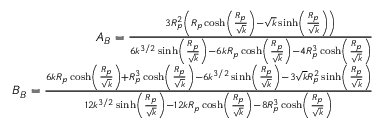
\begin{array} { r } { A _ { B } = \frac { 3 R _ { p } ^ { 2 } \left( R _ { p } \cosh \left( \frac { R _ { p } } { \sqrt { k } } \right) - \sqrt { k } \sinh \left( \frac { R _ { p } } { \sqrt { k } } \right) \right) } { 6 k ^ { 3 / 2 } \sinh \left( \frac { R _ { p } } { \sqrt { k } } \right) - 6 k R _ { p } \cosh \left( \frac { R _ { p } } { \sqrt { k } } \right) - 4 R _ { p } ^ { 3 } \cosh \left( \frac { R _ { p } } { \sqrt { k } } \right) } } \\ { B _ { B } = \frac { 6 k R _ { p } \cosh \left( \frac { R _ { p } } { \sqrt { k } } \right) + R _ { p } ^ { 3 } \cosh \left( \frac { R _ { p } } { \sqrt { k } } \right) - 6 k ^ { 3 / 2 } \sinh \left( \frac { R _ { p } } { \sqrt { k } } \right) - 3 \sqrt { k } R _ { p } ^ { 2 } \sinh \left( \frac { R _ { p } } { \sqrt { k } } \right) } { 1 2 k ^ { 3 / 2 } \sinh \left( \frac { R _ { p } } { \sqrt { k } } \right) - 1 2 k R _ { p } \cosh \left( \frac { R _ { p } } { \sqrt { k } } \right) - 8 R _ { p } ^ { 3 } \cosh \left( \frac { R _ { p } } { \sqrt { k } } \right) } } \end{array}